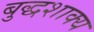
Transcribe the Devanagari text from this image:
बुद्धशाक्य